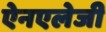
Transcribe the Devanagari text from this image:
ऐनएलेजी